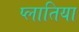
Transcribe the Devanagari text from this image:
प्लातिया